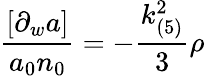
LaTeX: \frac{[\partial_{w}a]}{a_{0}n_{0}}=-\frac{k_{(5)}^{2}}{3}\rho